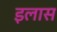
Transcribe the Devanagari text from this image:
इलास